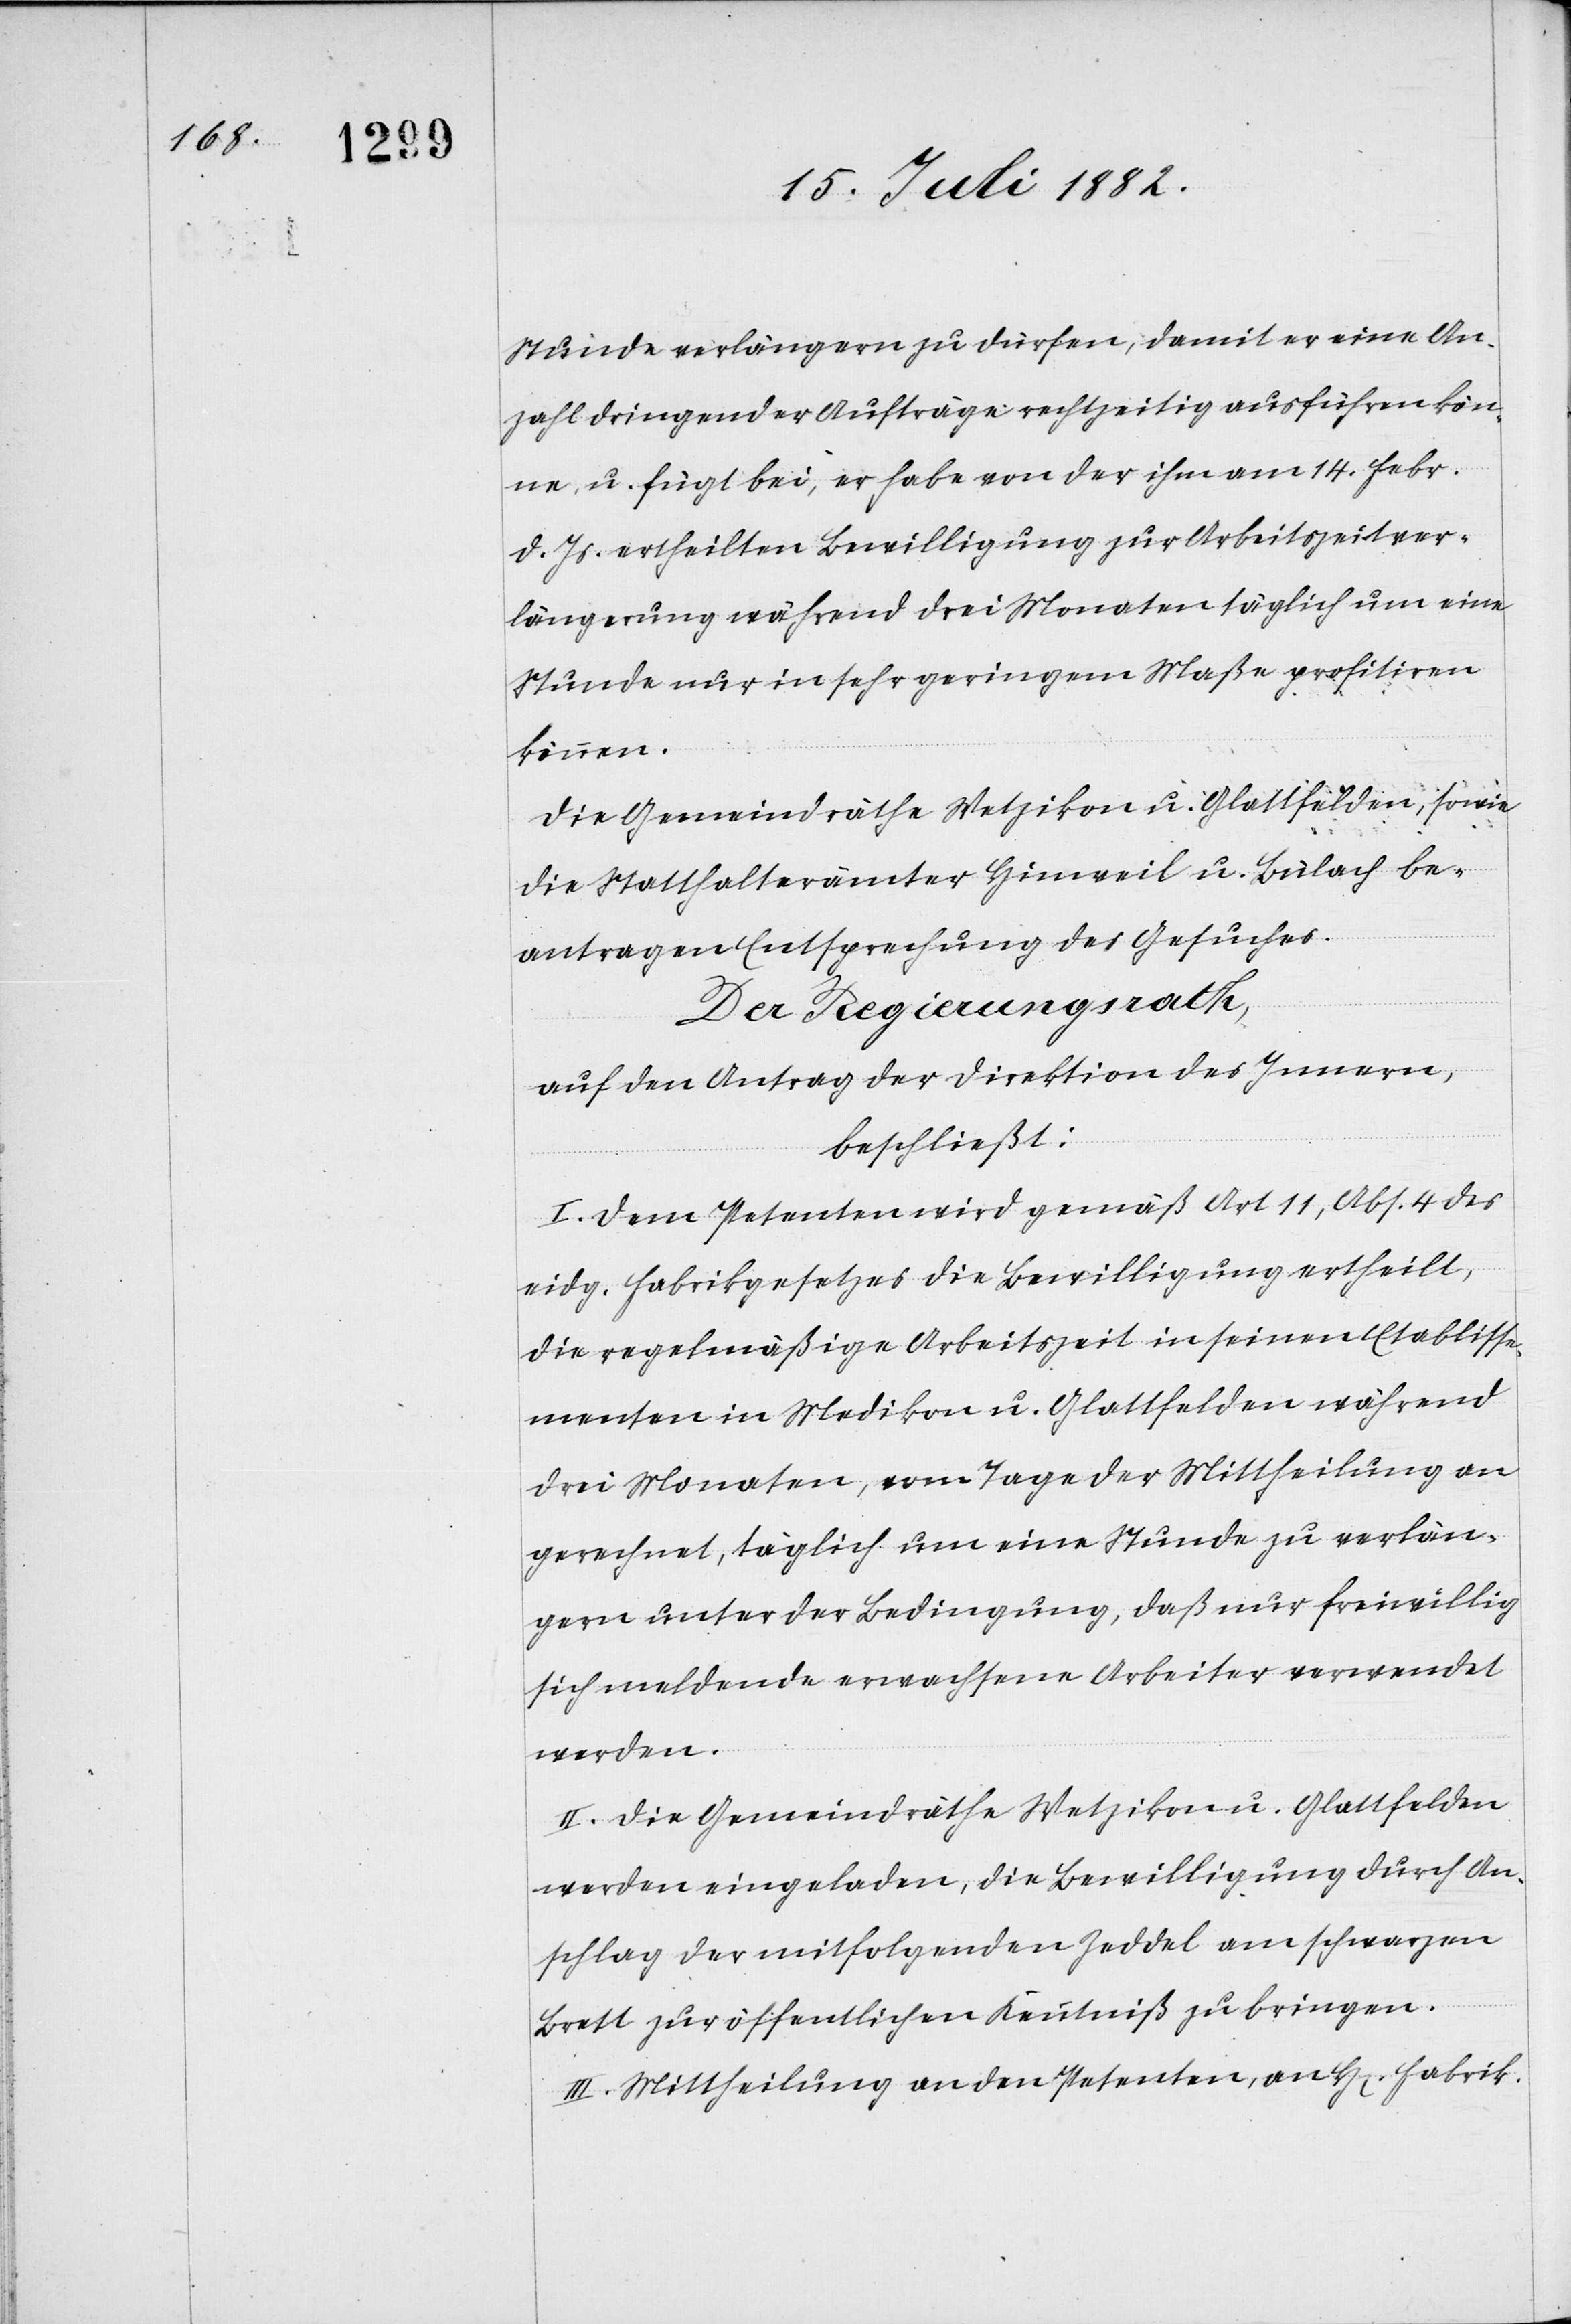
Stunde verlängern zu dürfen, damit er eine An¬
zahl dringender Aufträge rechtzeitig ausführen kön¬
ne, u. fügt bei, er habe von der ihm am 14. Febr.
d. Js. ertheilten Bewilligung zur Arbeitszeitver¬
längerung während drei Monaten täglich um eine
Stunde nur in sehr geringem Maße profitiren
können.
Die Gemeindräthe Wetzikon u. Glattfelden, sowie
die Statthalterämter Hinweil u. Bülach be¬
antragen Entsprechung des Gesuches.
Der Regierungsrath,
auf den Antrag der Direktion des Innern,
beschließt:
I. Dem Petenten wird gemäß Art. 11, Abs. 4 des
eidg. Fabrikgesetzes die Bewilligung ertheilt,
die regelmäßige Arbeitszeit in seinen Etablisse¬
menten in Medikon u. Glattfelden während
drei Monaten, vom Tage der Mittheilung an
gerechnet, täglich um eine Stunde zu verlän¬
gern unter der Bedingung, daß nur freiwillig
sich meldende erwachsene Arbeiter verwendet
werden.
II. Die Gemeindräthe Wetzikon u. Glattfelden
werden eingeladen, die Bewilligung durch An¬
schlag der mitfolgenden Zeddel am schwarzen
Brett zur öffentlichen Kenntniß zu bringen.
III. Mittheilung an den Petenten, an H[errn] Fabrik-